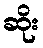
ဆိုး